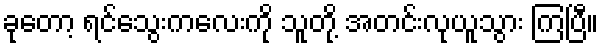
ခုတော့ ရင်သွေးကလေးကို သူတို့ အတင်းလုယူသွား ကြပြီ။